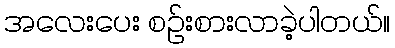
အလေးပေး စဉ်းစားလာခဲ့ပါတယ်။